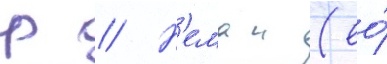
р // Н'еман (ео́